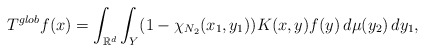
\begin{align*}T^{glob}f(x)=\int_{\mathbb{R}^d}\int_Y (1-\chi_{N_2}(x_1,y_1))K(x,y)f(y)\,d\mu(y_2)\,dy_1,\end{align*}